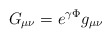
\begin{align*}G_{\mu\nu} = e^{\gamma\Phi} g_{\mu\nu}\end{align*}